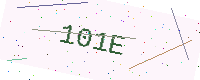
Text: 101E